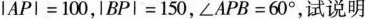
lAPI=100，IBPI=150，∠APB=60°，试说明